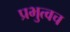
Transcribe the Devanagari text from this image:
प्रभुत्वच